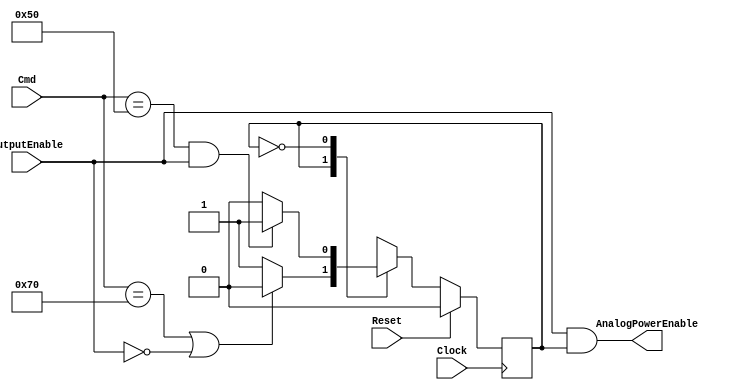
`timescale 1ns / 1ps
//////////////////////////////////////////////////////////////////////////////////
// Company: 
// 
// Design Name: 
// Module Name:    AnalogPowerFSM 
// Project Name: 
// Target Devices: 
// Tool versions: 
// Description: 	FSM for the analog power enable pin. Power can only be on if
//						the power enable pin is high. Power automatically turns off
//						if power enable pin goes low.
//
// Dependencies: 
//
// Revision: 
// Revision 0.01 - File Created
// Additional Comments: 
//
//////////////////////////////////////////////////////////////////////////////////
module AnalogPowerFSM(
    input Clock,
    input Reset,
    input [7:0] Cmd,
    input OutputEnable,
    output AnalogPowerEnable
    );

	localparam POWER_OFF = 1'b0,
				  POWER_ON = 1'b1;
		
	reg CurrentState = POWER_OFF;
	reg NextState = POWER_OFF;

	assign AnalogPowerEnable = (OutputEnable && (CurrentState == POWER_ON));

	//--------------------------------------------
	//Synchronous State Transition
	//--------------------------------------------
	always@(posedge Clock) begin
		if(Reset) CurrentState <= POWER_OFF;
		else CurrentState <= NextState;
	end

	//------------------------------------------
	//Conditional State Transition
	//------------------------------------------
	always@(*) begin
		NextState = CurrentState;
		case (CurrentState) 
			POWER_ON: begin
				if ((Cmd == 8'd112) || (OutputEnable == 0)) NextState = POWER_OFF; //'p'
			end
			POWER_OFF: begin
				if ((Cmd == 8'd80) && (OutputEnable == 1)) NextState = POWER_ON; //'P'
			end
		endcase
	end
endmodule